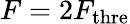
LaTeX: F=2F_{\textrm{thre}}